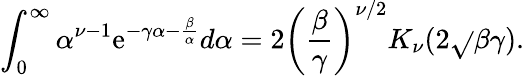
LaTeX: \int_{0}^{\infty}\alpha^{\nu-1}\mathrm{e}^{-\gamma\alpha-\frac{{\beta}}{{\alpha}}}d\alpha=2\left(\frac{{\beta}}{{\gamma}}\right)^{\nu/2}K_{\nu}(2\sqrt{}{{\beta\gamma}}).